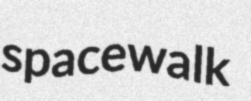
spacewalk